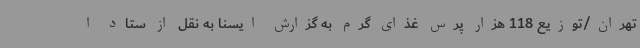
تهران/توزیع 118 هزار پرس غذای گرم به گزارش ایسنا به نقل از ستاد ا